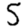
Digit: 5